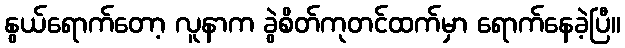
နွယ်ရောက်တော့ လူနာက ခွဲစိတ်ကုတင်ထက်မှာ ရောက်နေခဲ့ပြီ။